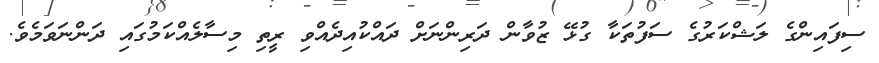
ސިފައިންގެ ލަޝްކަރުގެ ސަފުތަކާ ގުޅޭ ޒުވާން ދަރިންނަށް ދައްކުއިދެއްވި ރީތި މިސާލެއްކަމުގައި ދަންނަވަމެވެ.